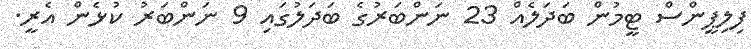
ފިލިޕީންސް ޓީމުން ބަދަލެއް 23 ނަންބަރުގެ ބަދަލުގައި 9 ނަންބަރު ކުޅެން އެރީ.